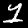
Label: 1